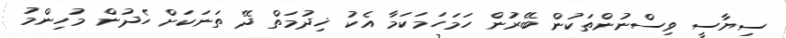
ސިޔާސީ ވިސްނުންތަކުން ބޭރުން ހަމަހަމަކަމާ އެކު ޚިދުމަތް ދޭ ތަނަކަށް ހެދުން މުހިންމު